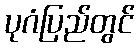
ပုဂံပြည်တွင်